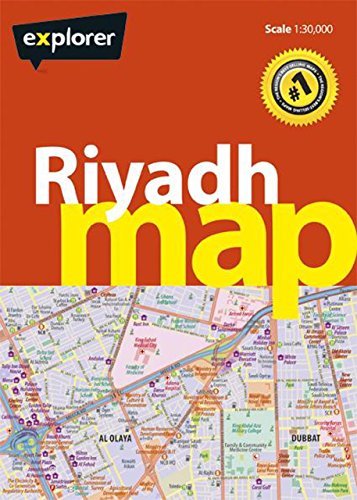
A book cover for Riyadh Map (Explorer Maps); Explorer Publishing; Travel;